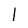
Character: 1